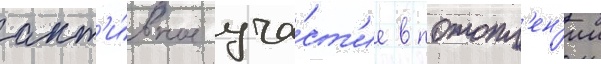
акт'и́вное уча́ст'ие в потопл'ен'ии